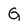
Character: G